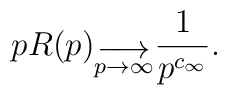
pR(p) _{\stackrel{\displaystyle\longrightarrow}  {p \rightarrow\infty}} {1\over p^{c_\infty}}.